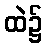
ထဲ၌